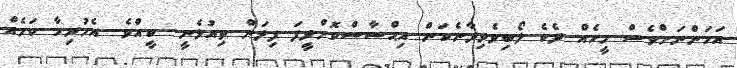
އަހަންނަށްވެސް މީހެއް ދެކެ ލޯބިވެވިދާނެކަން އިޙްސާސްކޮށްދީފަ ފިލަން ތިއުޅެނީ.. ކީއްވެ.. އެހުރިހާ ކަމެއް